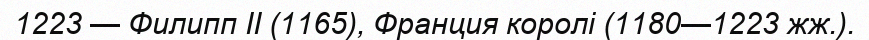
1223 — Филипп II (1165), Франция королі (1180—1223 жж.).